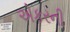
એકરની